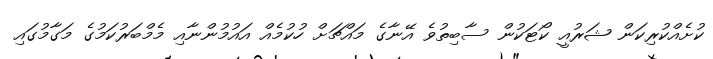
ކުށެއްކުރިކަން ޝަރުއީ ކޯޓަކުން ސާބިތުވެ އޭނާގެ މައްޗަށް ހުކުމެއް އައުމުންނާއި މެމްބަރުކަމުގެ މަގާމުގައި